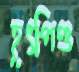
হূৎপিণ্ড